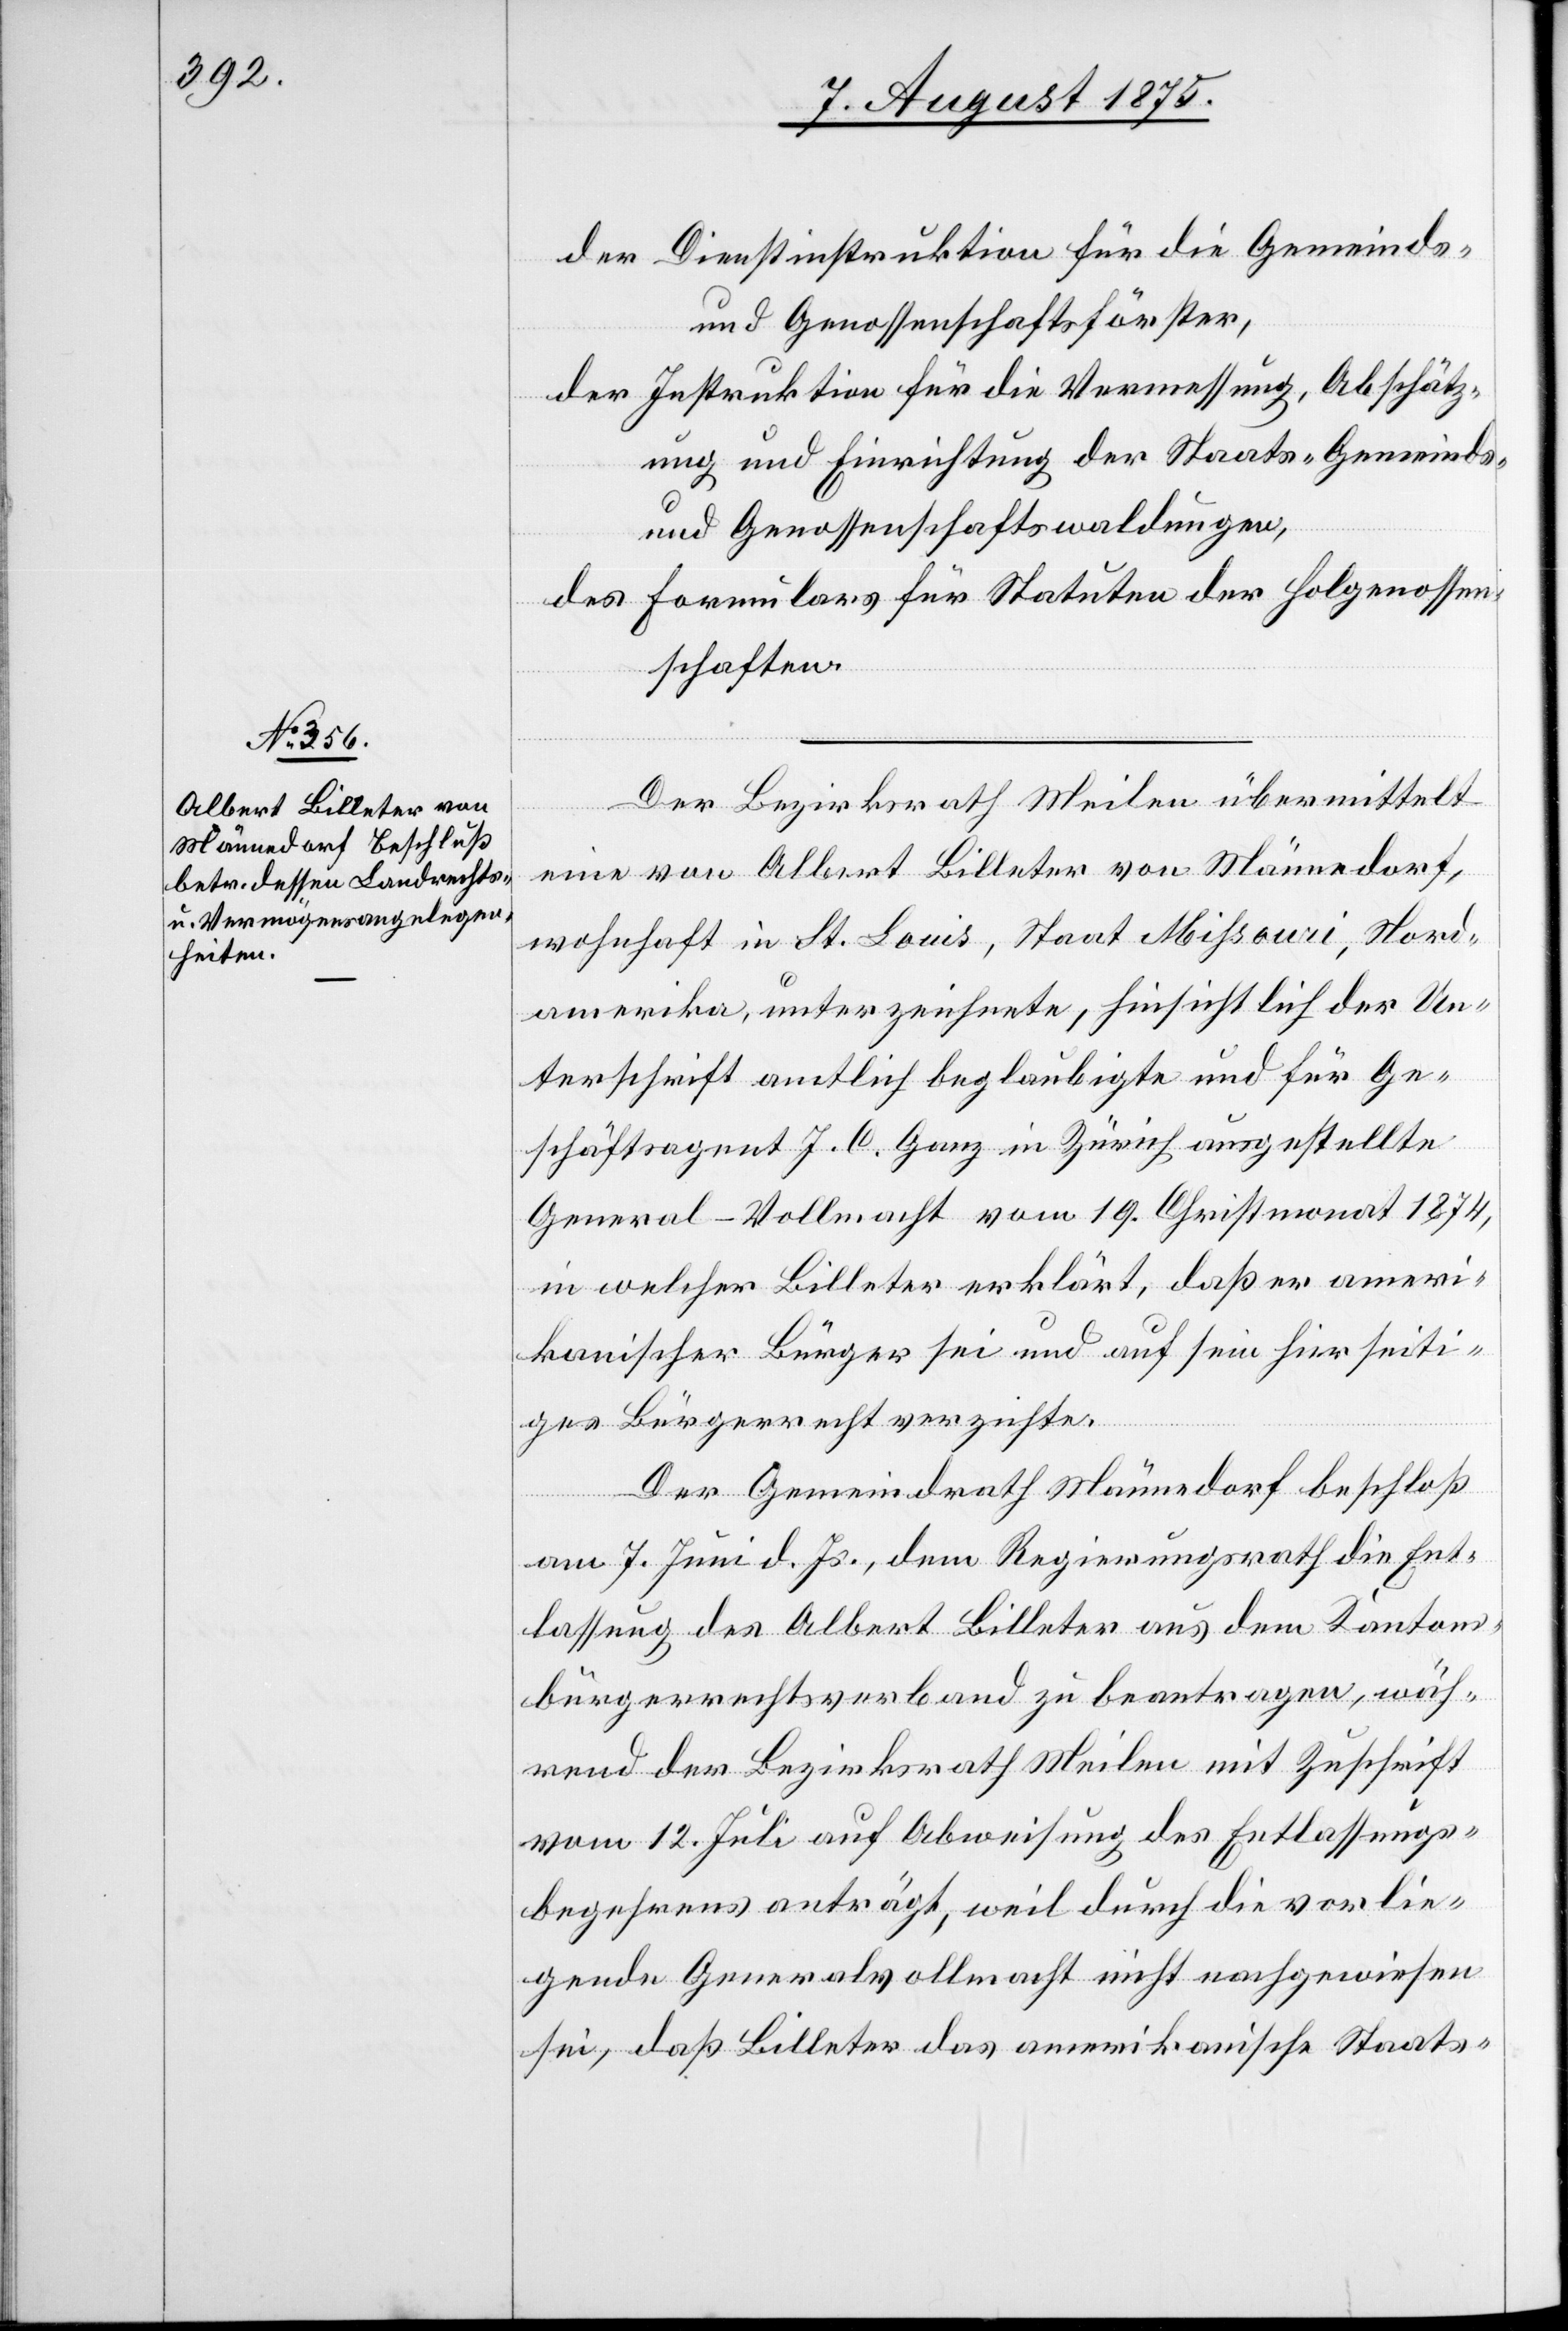
der Dienstinstruktion für die Gemeinds-
und Genossenschaftsförster,
der Instruktion für die Vermessung, Abschätz¬
ung und Einrichtung der Staats- Gemeinds-
und Genossenschaftswaldungen,
des Formulars für Statuten der Hol[z]genossen¬
schaften.
Der Bezirksrath Meilen übermittelt
eine von Albert Billeter von Männedorf,
wohnhaft in St. Louis, Staat Mißouri, Nord¬
amerika, unterzeichnete, hinsichtlich der Un¬
terschrift amtlich beglaubigte und für den
Geschäftsagent J. C. Ganz in Zürich ausgestellte
General-Vollmacht vom 19. Christmonat 1874,
in welcher Billeter erklärt, daß er ameri¬
kanischer Bürger sei und auf sein hierseiti¬
ges Bürgerrecht verzichte.
Der Gemeindrath Männedorf beschloß
am 7. Juni d. Js., dem Regierungsrath die Ent¬
lassung des Albert Billeter aus dem Kantons¬
bürgerrechtsverband zu beantragen, wäh¬
rend der Bezirksrath Meilen mit Zuschrift
vom 12. Juli auf Abweisung des Entlassungs¬
begehrens anträgt, weil durch die vorlie¬
gende Generalvollmacht nicht nachgewiesen
sei, daß Billeter das amerikanische Staats-